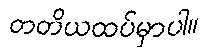
တတိယထပ်မှာပါ။